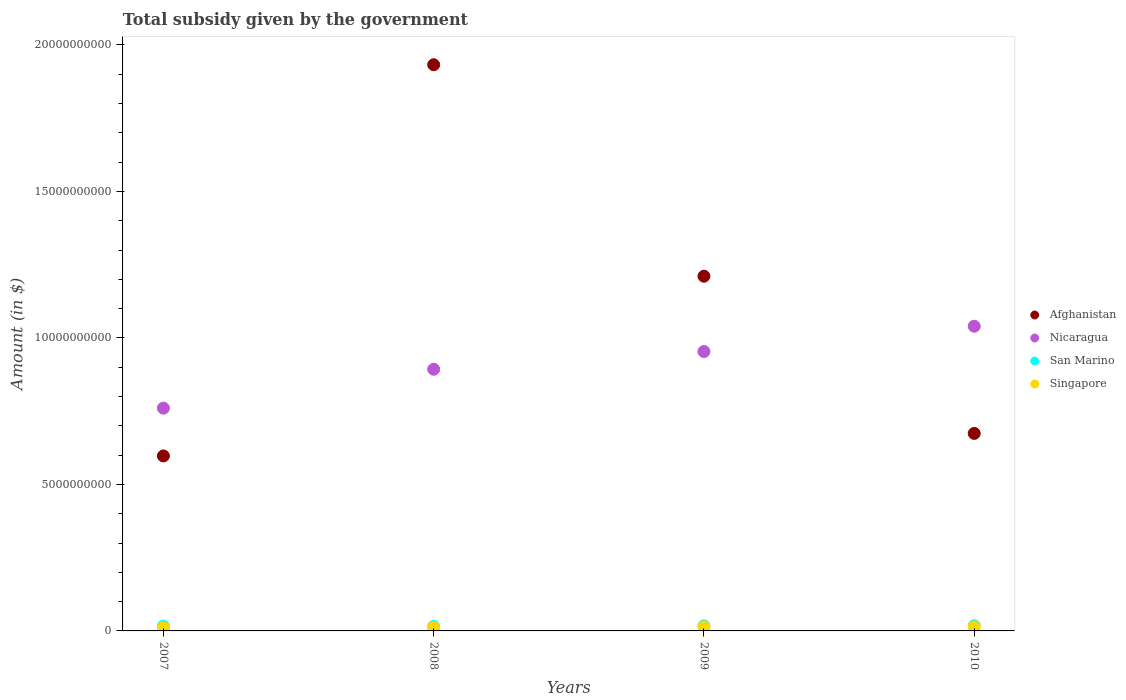
| Years | Afghanistan | Nicaragua | San Marino | Singapore |
 | --- | --- | --- | --- | --- |
 | 2007 | 5.97e+09 | 7.6e+09 | 1.63e+08 | 1.07e+08 |
 | 2008 | 1.93e+10 | 8.93e+09 | 1.57e+08 | 1.19e+08 |
 | 2009 | 1.21e+10 | 9.54e+09 | 1.73e+08 | 1.37e+08 |
 | 2010 | 6.74e+09 | 1.04e+10 | 1.77e+08 | 1.36e+08 |